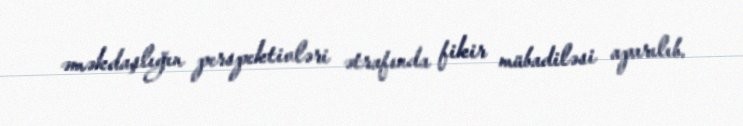
əməkdaşlığın perspektivləri ətrafında fikir mübadiləsi aparılıb.